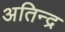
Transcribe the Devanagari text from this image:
अतिन्द्र